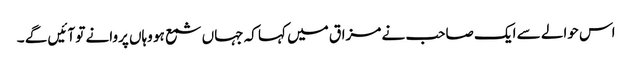
اس حوالے سے ایک صاحب نے مزاق میں کہا کہ جہاں شمع ہو وہاں پروانے تو آئیں گے ۔